Sketch of the medical history of the native army of Bombay, for the year
Year: 1872
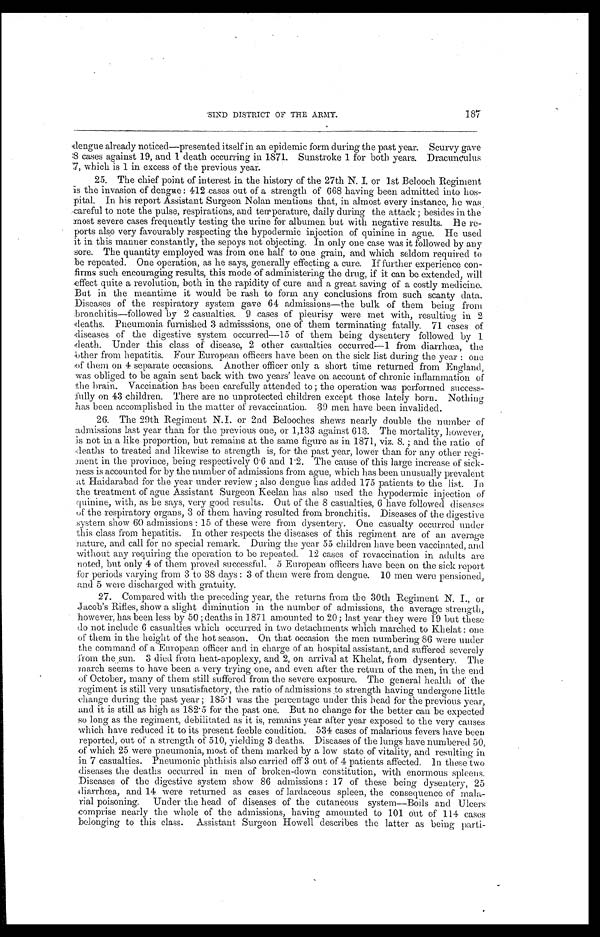
187
Scurvy gave
Dracunculus
'SIND DISTRICT OF THE ARMY.
dengue already noticed—presented itself in an epidemic form during the past year,
S c u r v y g a v e : 8 c a s e s a g a i n s t 1 9 , a n d 1 d e a t h o c c u r r i n g i n 1 8 7 1 . S u n s t r o k e 1 f o r b o t h y e a r s .
7, which is 1 in excess of the previous year.
25. The chief point of interest in the history of the 27th N. I. or 1st Belooch Regiment
is the invasion of dengue: 412 cases out of a strength of 668 having been admitted into hos-
pital. In his report Assistant Surgeon Nolan mentions that, in almost every instance, he was
careful to note the pulse, respirations, and temperature, daily during the attack ; besides in the
most severe cases frequently testing the urine for albumen but with negative results. He re-
ports also very favourably respecting the hypodermic injection of quinine in ague. He used
it in this manner constantly, the sepoys not objecting. In only one case was it followed by any
sore. The quantity employed was from one half to one grain, and which seldom required to
be repeated. One operation, as he says, generally effecting a cure. If further experience con-
firms such encouraging results, this mode of administering the drug, if it can be extended, will
effect quite a revolution, both in the rapidity of cure and a great saving of a costly medicine.
But in the meantime it would be rash to form any conclusions from such scanty data.
Diseases of the respiratory system gave 64 admissions—the bulk of them being from
bronchitis—followed by 2 casualties. 9 cases of pleurisy were met with, resulting in 2
deaths. Pneumonia. furnished 3 admissions, one of them terminating fatally. 71 cases of
diseases of the digestive system occurred— 15 of them being dysentery followed by 1
death. Under this class of disease, 2 other casualties occurred-1 from diarrhœa, the
other from hepatitis. Four European officers have been on the sick list during the year : one
of them on 4 separate occasions. Another officer only a short time returned from England,
was obliged to be again sent back with two years' leave on account of chronic inflammation of
the brain. Vaccination has been carefully attended to ; the operation was performed success-
fully on 43 children. There are no unprotected children except those lately born. Nothing
has been accomplished in the matter of revaccination. 39 men have been invalided.
26. The 29th Regiment N.I. or 2nd Belooches shews nearly double the number of
admissions last year than for the previous one, or 1,133 against 613. The mortality, however,
is not in a like proportion, but remains at the same figure as in 1871, viz. 8. ; and the ratio of
deaths to treated and likewise to strength is, for the past year, lower than for any other regi-
ment in the province, being respectively 0.6 and 1.2. The cause of this large increase of sick-
ness is accounted for by the number of admissions from ague, which has been unusually prevalent
at Haidarabad for the year under review ; also dengue has added 175 patients to the list. In
the treatment of ague Assistant Surgeon Keelan has also used the hypodermic injection of
quinine, with, as be says, very good results. Out of the 8 casualties, 6 have followed diseases
of the respiratory organs, 3 of them having resulted from bronchitis. Diseases of the digestive
system show 60 admissions : 15 of these were from dysentery. One casualty occurred under
this class from hepatitis. In other respects the diseases of this regiment are of an average
nature, and call for no special remark. During the year 55 children have been vaccinated, and.
without any requiring the operation to be repeated. 12 cases of revaccination in adults are
noted, but only 4 of them proved successful. 5 European officers have been on the sick report
for periods varying from 3 to 38 days : 3 of them were from dengue. 10 men were pensioned,
and 5 were discharged with gratuity.
27. Compared with the preceding year, the returns from the 30th Regiment N. I., or
Jacob's Rifles, show a slight diminution in the number of admissions, the average strength,
however, has been less by 50; deaths in 1871 amounted to 20; last year they were 19 but these
do not include 6 casualties which occurred in two detachments which marched to Khelat : one
of them in the height of the hot season. On that occasion the men numbering 86 were under
the command of a European officer and in charge of an hospital assistant, and suffered severely
from the sun. 3 died from heat-apoplexy, and 2, on arrival at Khelat, from dysentery. The
march seems to have been a very trying one, and even after the return of the men, in the end
of October, many of them still suffered from the severe exposure. The general health of the
regiment is still very unsatisfactory, the ratio of admissions to strength having undergone little
change during the past year ; 185.1 was the percentage under this head for the previous year,
and it is still as high as 182.5 for the past one. But no change for the better can be expected
so long as the regiment, debilitated as it is, remains year after year exposed to the very causes
which have reduced it to its present feeble condition. 534 cases of malarious fevers have been
reported, out of a strength of 510, yielding 3 deaths. Diseases of the lungs have numbered 50,
of which 25 were pneumonia, most of them marked by a low state of vitality, and resulting in
in 7 casualties. Pneumonic phthisis also carried off 3 out of 4 patients affected. In these two
diseases the deaths occurred in men of broken-down constitution, with enormous spleens.
Diseases of the digestive system show 86 admissions : 17 of these being dysentery, 25
diarrhœa, and 14 were returned as cases of lardaceous spleen, the consequence of mala-
rial poisoning. Under the head of diseases of the cutaneous system--Boils and Ulcers
comprise nearly the whole of the admissions, having amounted to 101 out of 114 cases
belonging to this class. Assistant Surgeon Howell describes the latter as being parti-